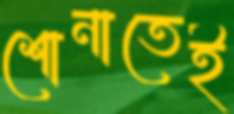
শোনাতেই